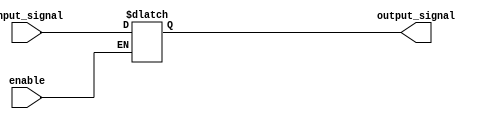
module enable_latch (
    input wire enable,
    input wire input_signal,
    output reg output_signal
);

always @ (enable or input_signal)
begin
    if (enable)
        output_signal <= input_signal;
end

endmodule